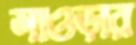
সাওড়ার